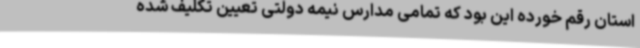
استان رقم خورده این بود که تمامی مدارس نیمه دولتی تعیین تکلیف شده